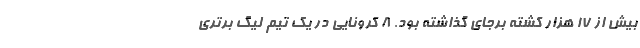
بیش از ۱۷ هزار کشته برجای گذاشته بود. 8 کرونایی در یک تیم لیگ برتری